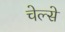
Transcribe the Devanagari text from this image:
चेल्से